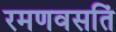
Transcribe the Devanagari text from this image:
रमणवसतिं